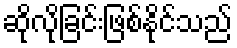
ဆိုလိုခြင်းဖြစ်နိုင်သည်